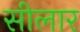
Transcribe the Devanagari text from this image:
सीलार